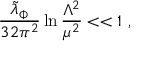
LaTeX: { \frac { { \widetilde \lambda } _ { \Phi } } { 3 2 \pi ^ { 2 } } } \ln { \frac { \Lambda ^ { 2 } } { \mu ^ { 2 } } } < < 1 ~ ,